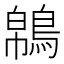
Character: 𪁼